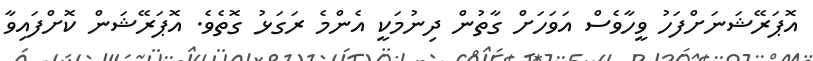
އޮޕަރޭޝަނަށްފަހު ވީހާވެސް އަވަހަށް ގާތުން ދިނުމަކީ އެންމެ ރަގަޅު ގޮތެވެ. އޮޕަރޭޝަން ކޮށްފައިވާ